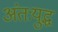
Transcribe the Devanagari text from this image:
अंतःयुद्ध